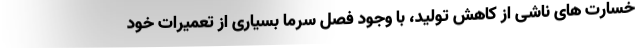
خسارت های ناشی از کاهش تولید، با وجود فصل سرما بسیاری از تعمیرات خود